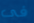
فى